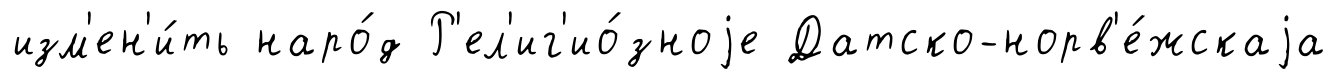
изм'ен'и́ть наро́д Р'ел'иг'ио́зноjе Датско-норв'е́жскаjа